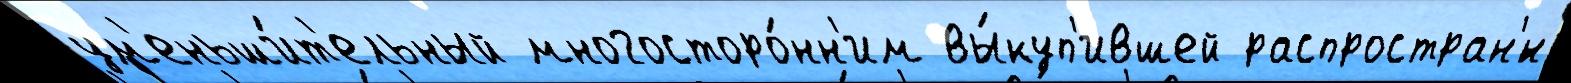
ум'еньши́т'ельный многосторо́нн'им вы́куп'ившей распростран'́н